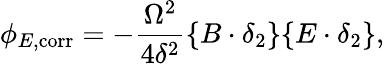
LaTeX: \phi_{E,\mathrm{corr}}=-\frac{\Omega^{2}}{4\delta^{2}}\{ B\cdot\delta_{2}\} \{ E\cdot\delta_{2}\} ,